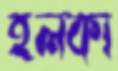
হলকা